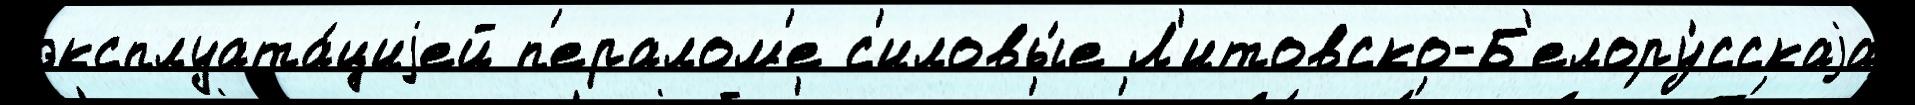
эксплуата́циjей п'ералом'е с'иловы́е Л'итовско-Б'елору́сскаjа